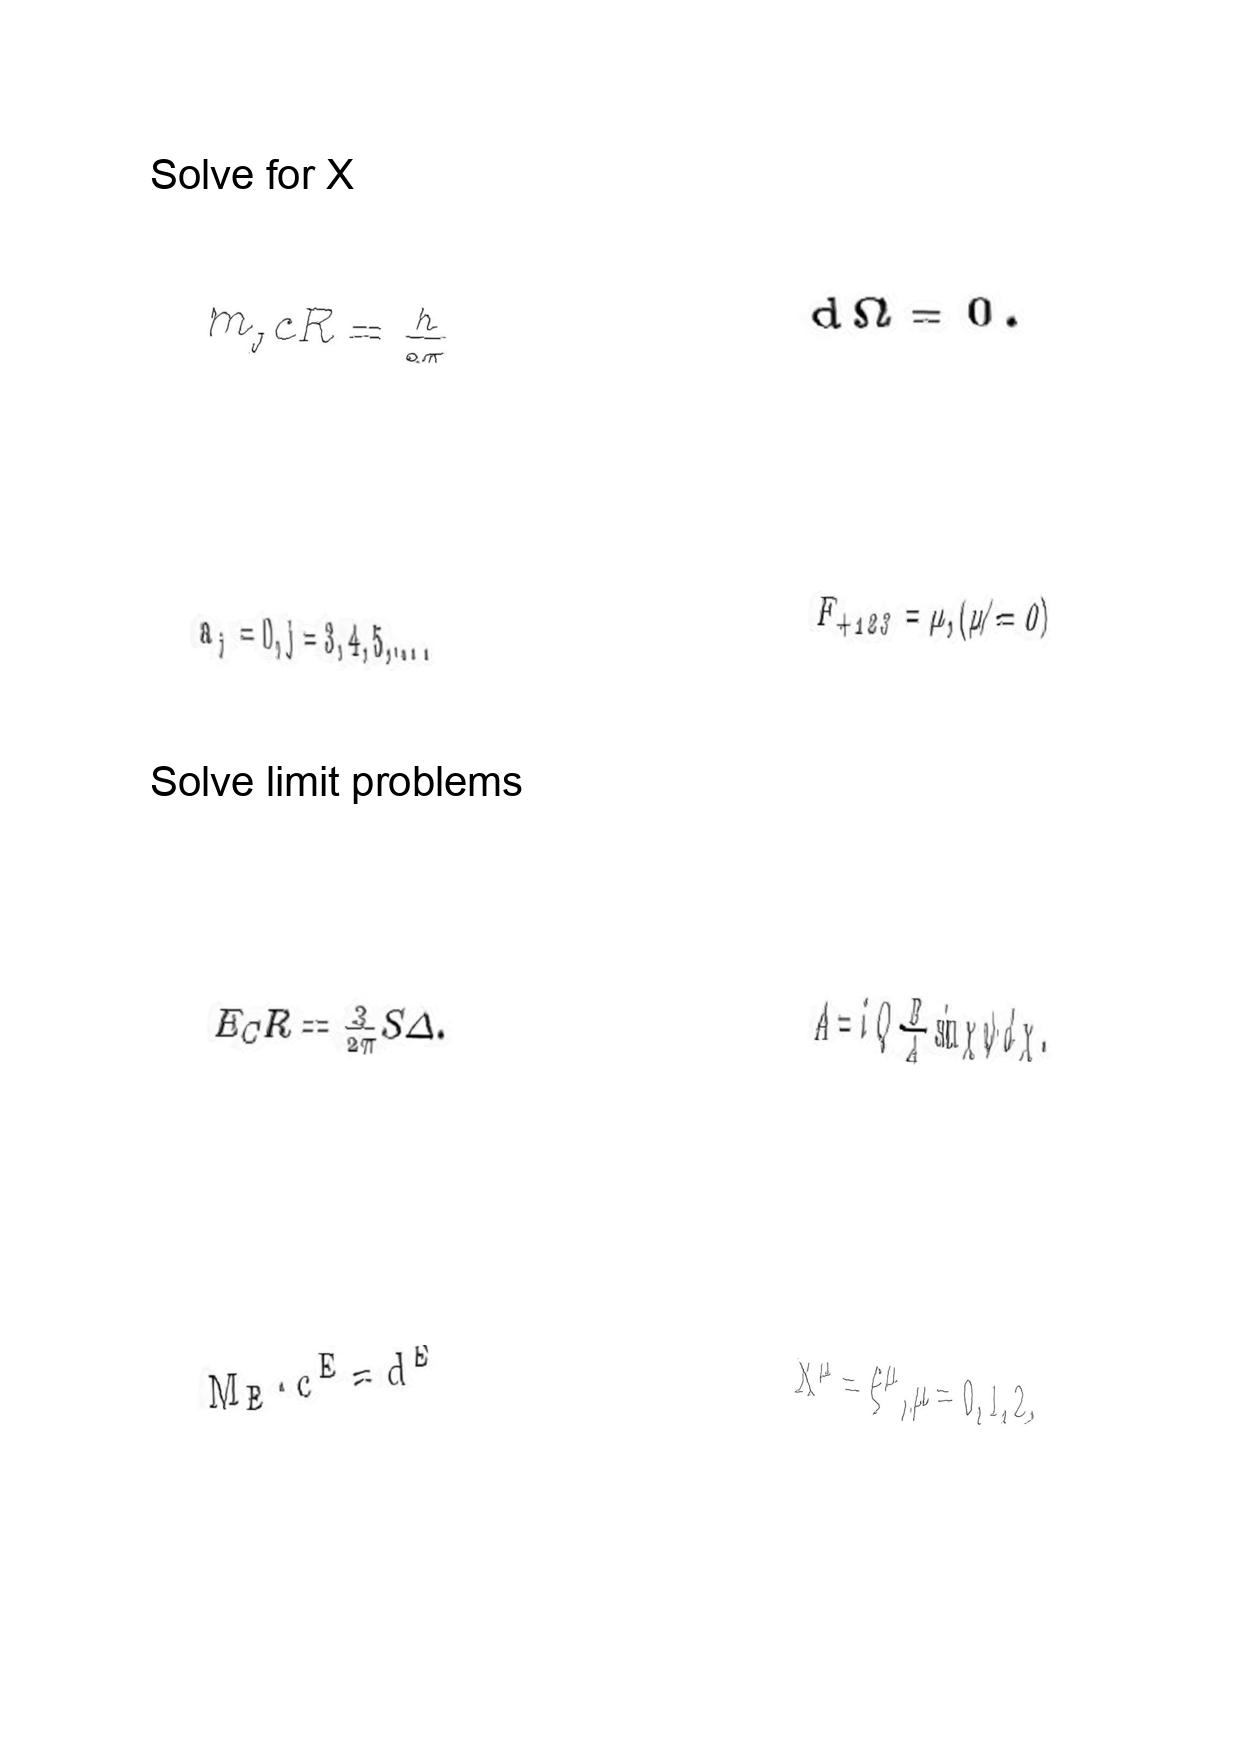
LaTeX transcription:
m _ { _ { J } } c R = \frac { h } { 2 \pi }
a _ { j } = 0 , j = 3 , 4 , 5 , \ldots .
E _ { C } R = \frac { 3 } { 2 \pi } S \Delta .
M _ { E } \cdot c ^ { E } = d ^ { E }
d \Omega = 0 .
F _ { + 1 2 3 } = \mu , \lparen \mu \neq 0 \rparen
A = i Q \frac { B } { A } \sin \chi \psi d \chi .
X ^ { \mu } = \xi ^ { \mu } , \mu = 0 , 1 , 2 .